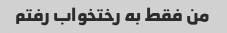
من فقط به رختخواب رفتم